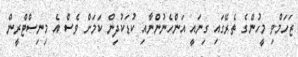
ޒަހަމްވި މީހުންގެ ތެރޭގައި ގިނައީ އަންހެނުންނާއި ކުޑަކުދިން ކަމަށް ވެސް އެ މިނިސްޓްރީން